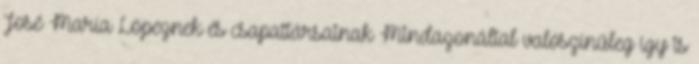
José María Lópeznek és csapattársainak Mindazonáltal valószínűleg így is